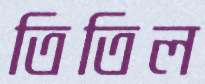
তিতিল